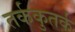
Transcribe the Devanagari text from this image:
तर्ककुतर्क